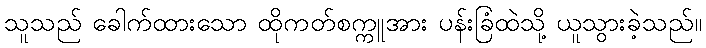
သူသည် ခေါက်ထားသော ထိုကတ်စက္ကူအား ပန်းခြံထဲသို့ ယူသွားခဲ့သည်။